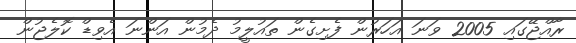
ރާއްޖޭގައި 2005 ވަނަ އަހަރުން ފެށިގެން ތައުލީމު ދެމުން އަންނަ އެވިޑް ކޮލެޖުން